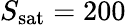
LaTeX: S_{\mathrm{sat}}=200